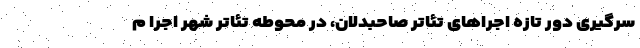
سرگیری دور تازه اجراهای تئاتر صاحبدلان، در محوطه تئاتر شهر اجرا م